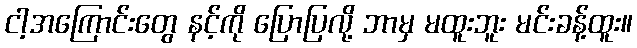
ငါ့အကြောင်းတွေ နင့်ကို ပြောပြလို့ ဘာမှ မထူးဘူး မင်းခန့်ထူး။